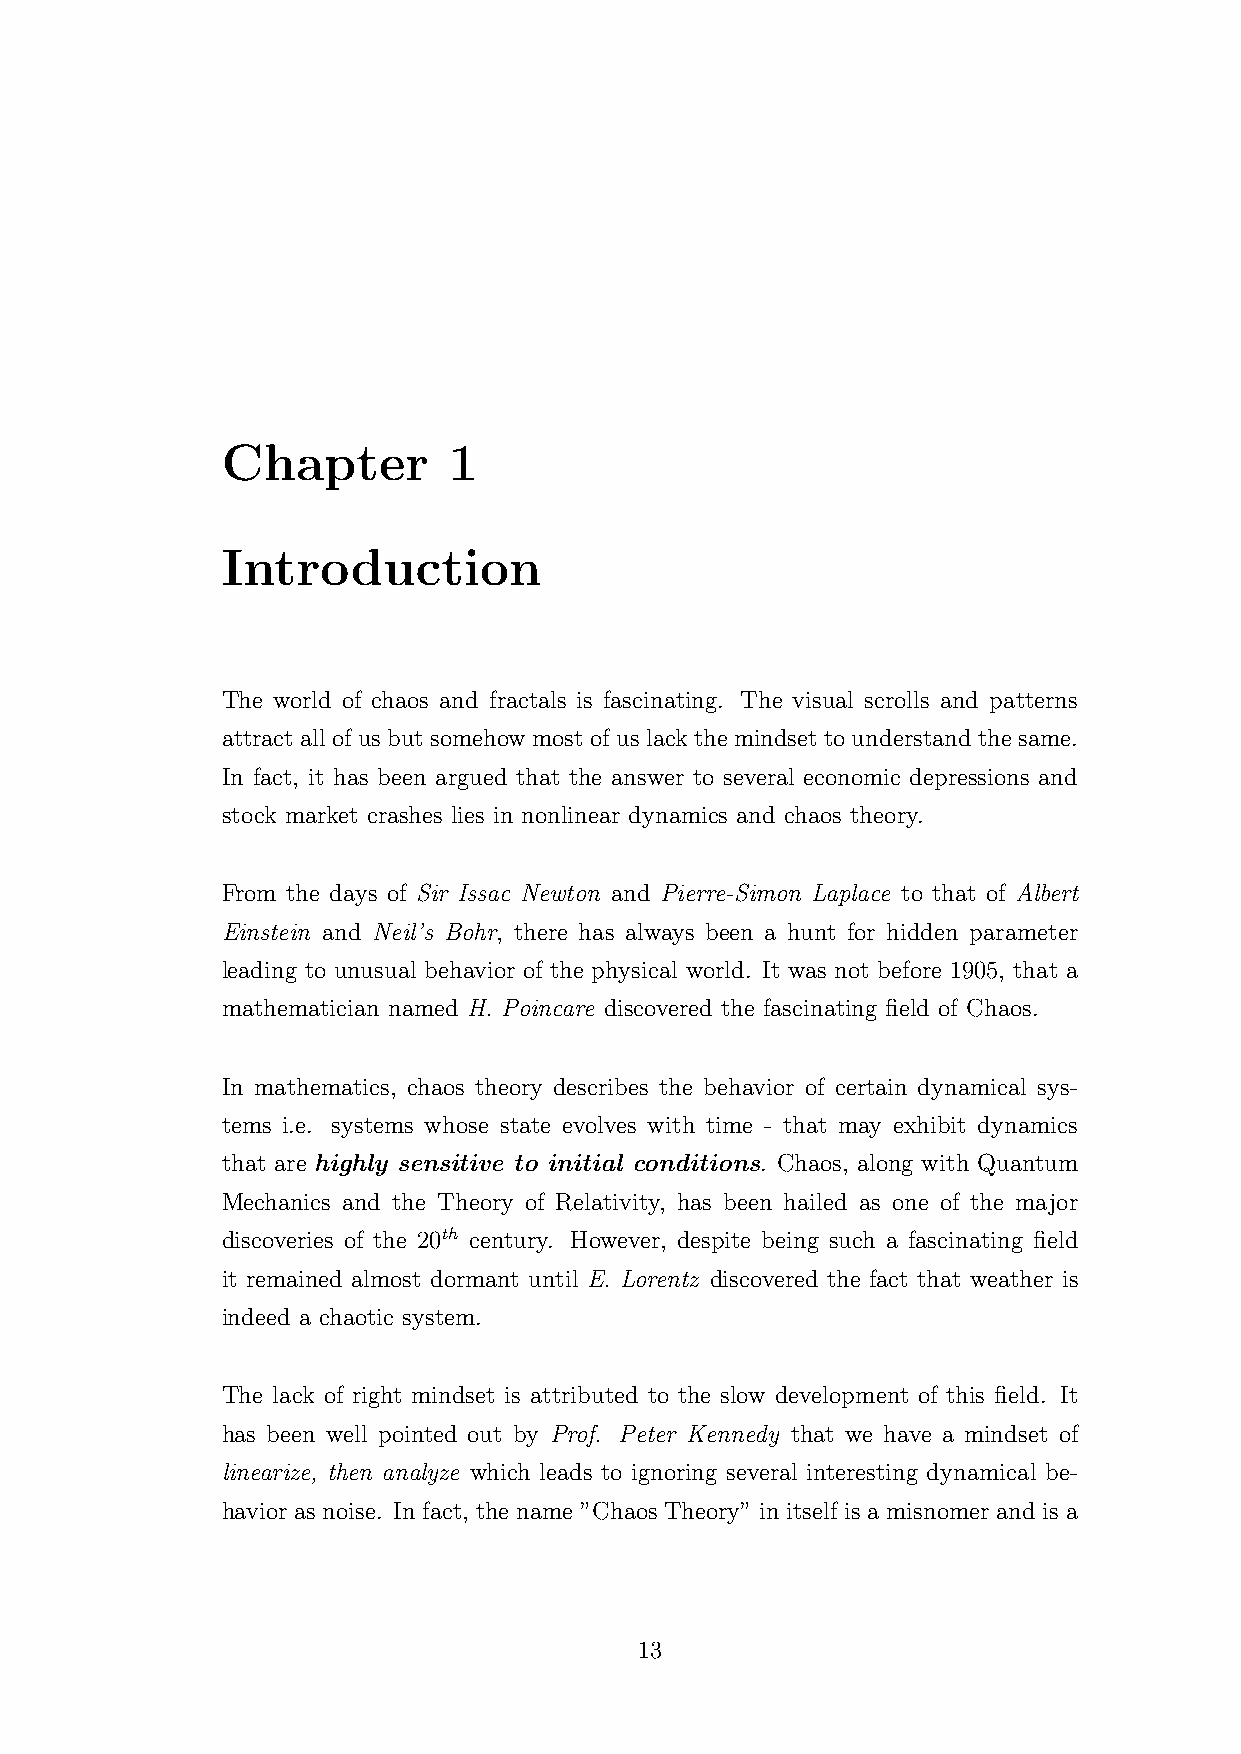
Chapter        1
 Introduction
 The world of chaos and fractals is fascinating. The visual scrolls and patterns
 attractallofusbutsomehowmostofuslackthemindsettounderstandthesame.
 In fact, it has been argued that the answer to several economic depressions and
 stock market crashes lies in nonlinear dynamics and chaos theory.
 From the days of Sir Issac Newton and Pierre-Simon Laplace to that of Albert
 Einstein and Neil’s Bohr, there has always been a hunt for hidden parameter
 leading to unusual behavior of the physical world. It was not before 1905, that a
 mathematician named H. Poincare discovered the fascinating field of Chaos.
 In mathematics, chaos theory describes the behavior of certain dynamical sys-
 tems i.e. systems whose state evolves with time - that may exhibit dynamics
 that are highly sensitive to initial conditions. Chaos, along with Quantum
 Mechanics and the Theory of Relativity, has been hailed as one of the major
 discoveries of the 20th century. However, despite being such a fascinating field
 it remained almost dormant until E. Lorentz discovered the fact that weather is
 indeed a chaotic system.
 The lack of right mindset is attributed to the slow development of this field. It
 has been well pointed out by Prof. Peter Kennedy that we have a mindset of
 linearize, then analyze which leads to ignoring several interesting dynamical be-
 havior as noise. In fact, the name ”Chaos Theory” in itself is a misnomer and is a
 13